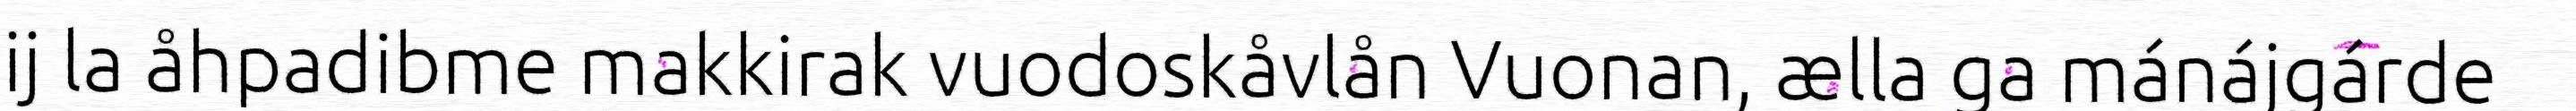
ij la åhpadibme makkirak vuodoskåvlån Vuonan, ælla ga mánájgárde